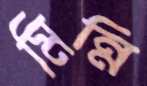
মিন্নি